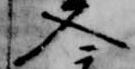
入